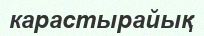
карастырайық